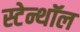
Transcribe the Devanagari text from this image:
स्टेन्थॉल